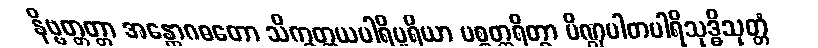
နိဗ္ဗတ္တတ္တာ အန္တောဂဓတော သိက္ခတ္တယပါရိပူရိယာ ပစ္စတ္ထရိတွာ ပိဏ္ဍပါတပါရိသုဒ္ဓိသုတ္တံ